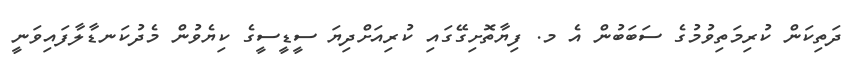
ދަތިކަން ކުރިމަތިވުމުގެ ސަބަބުން އެ މ. ފިޔާތޮށިގޭގައި ކުރިއަށްދިޔަ ސީޑީސީގެ ކިޔެވުން މެދުކަނޑާލާފައިވަނީ